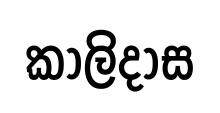
කාලිදාස